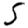
Digit: 5